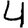
Digit: 4